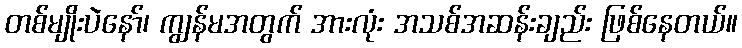
တစ်မျိုးပဲနော်၊ ကျွန်မအတွက် အားလုံး အသစ်အဆန်းချည်း ဖြစ်နေတယ်။